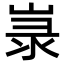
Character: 㟤